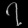
Digit: ၇